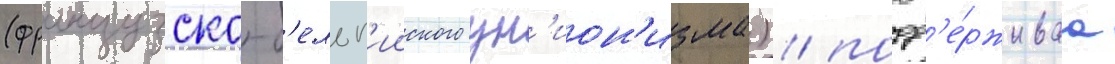
(французско-б'ельг'ииского ун'ион'изма) / подд'е́рживаа